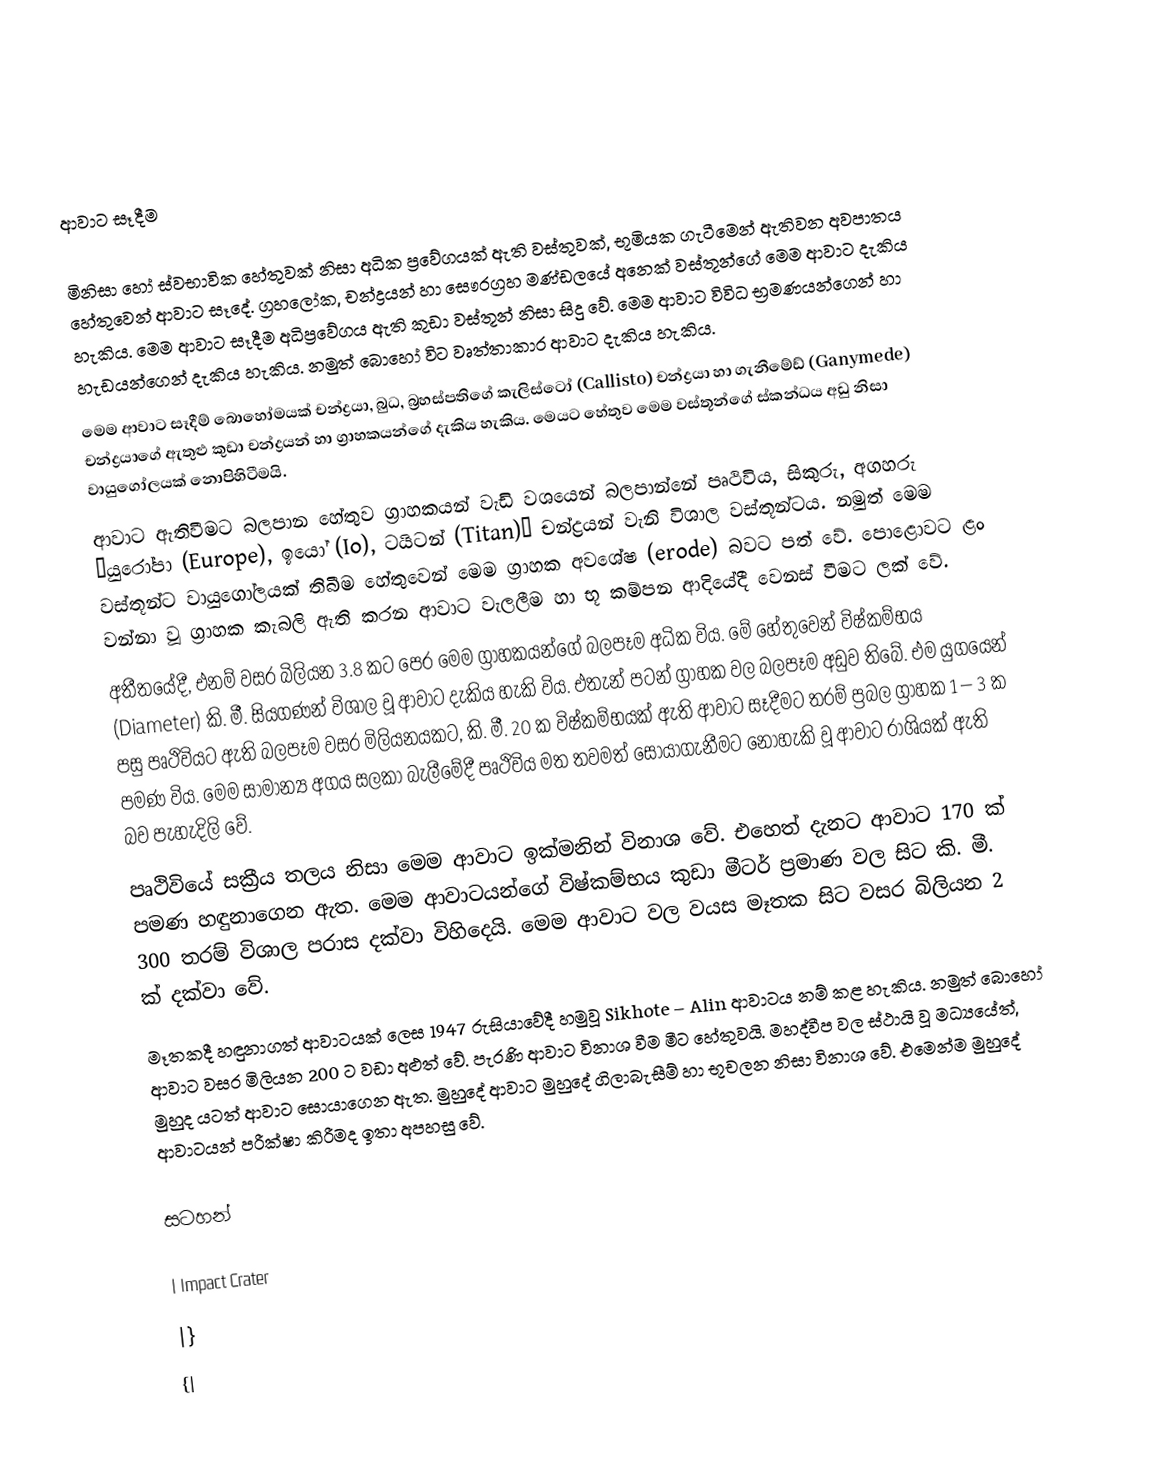

ආවාට සෑදීම

මිනිසා හෝ ස්වභාවික හේතුවක් නිසා අධික ප්‍රවේගයක් ඇති වස්තුවක්, භූමියක ගැටීමෙන් ඇතිවන අවපාතය හේතුවෙන් ආවාට සෑදේ.  ග්‍රහලෝක, චන්ද්‍රයන් හා සෞරග්‍රහ මණ්ඩලයේ අනෙක් වස්තූන්ගේ මෙම ආවාට දැකිය හැකිය.  මෙම ආවාට සෑදීම අධිප්‍රවේගය ඇති කුඩා වස්තූන් නිසා සිදු වේ.  මෙම ආවාට විවිධ භ්‍රමණයන්ගෙන් හා හැඩයන්ගෙන් දැකිය හැකිය.  නමුත් බොහෝ විට වෘත්තාකාර ආවාට දැකිය හැකිය.
මෙම ආවාට සෑදීම් බොහෝමයක් චන්ද්‍රයා, බුධ, බ්‍රහස්පතිගේ කැලිස්ටෝ (Callisto) චන්ද්‍රයා හා ගැනීමේඩ් (Ganymede) චන්ද්‍රයාගේ ඇතුළු කුඩා චන්ද්‍රයන් හා ග්‍රාහකයන්ගේ දැකිය හැකිය.  මෙයට හේතුව මෙම වස්තූන්ගේ ස්කන්ධය අඩු නිසා වායුගෝලයක් නොපිහිටීමයි.
ආවාට ඇතිවීමට බලපාන හේතුව ග්‍රාහකයන් වැඩි වශයෙන් බලපාන්නේ පෘථිවිය, සිකුරු, අගහරු “යුරෝපා (Europe), ඉයෝ (Io), ටයිටන් (Titan)” චන්ද්‍රයන් වැනි විශාල වස්තූන්ටය.  නමුත් මෙම වස්තූන්ට වායුගෝලයක් තිබීම හේතුවෙන් මෙම ග්‍රාහක අවශේෂ (erode) බවට පත් වේ.  පොළොවට ළං වන්නා වූ ග්‍රාහක කැබලි ඇති කරන ආවාට වැලලීම හා භූ කම්පන ආදියේදී වෙනස් වීමට ලක් වේ.
අතීතයේදී, එනම් වසර බිලියන 3.8 කට පෙර මෙම ග්‍රාහකයන්ගේ බලපෑම අධික විය.  මේ හේතුවෙන් විෂ්කම්භය (Diameter) කි. මී. සියගණන් විශාල වූ ආවාට දැකිය හැකි විය.  එතැන් පටන් ග්‍රාහක වල බලපෑම අඩුව තිබේ.  එම යුගයෙන් පසු පෘථිවියට ඇති බලපෑම වසර මිලියනයකට, කි. මී. 20 ක විෂ්කම්භයක් ඇති ආවාට සෑදීමට තරම් ප්‍රබල ග්‍රාහක 1 – 3 ක පමණ විය.  මෙම සාමාන්‍ය අගය සලකා බැලීමේදී පෘථිවිය මත තවමත් සොයාගැනීමට නොහැකි වූ ආවාට රාශියක් ඇති බව පැහැදිලි වේ.
පෘථිවියේ සක්‍රීය තලය නිසා මෙම ආවාට ඉක්මනින් විනාශ වේ.  එහෙත් දැනට ආවාට 170 ක් පමණ හඳුනාගෙන ඇත.  මෙම ආවාටයන්ගේ විෂ්කම්භය කුඩා මීටර් ප්‍රමාණ වල සිට කි. මී. 300 තරම් විශාල පරාස දක්වා විහිදෙයි.  මෙම ආවාට වල වයස මෑතක සිට වසර බිලියන 2 ක් දක්වා වේ.
මෑතකදී හඳුනාගත් ආවාටයක් ලෙස 1947 රුසියාවේදී හමුවූ Sikhote – Alin ආවාටය නම් කළ හැකිය.  නමුත් බොහෝ ආවාට වසර මිලියන 200 ට වඩා අළුත් වේ.  පැරණි ආවාට විනාශ වීම ‍මීට හේතුවයි.  මහද්වීප වල ස්ථායි වූ මධ්‍යයේත්, මුහුද යටත් ආවාට සොයාගෙන ඇත.  මුහුදේ ආවාට මුහුදේ ගිලාබැසීම් හා භූචලන නිසා විනාශ වේ.  එමෙන්ම මුහුදේ ආවාටයන් පරීක්ෂා කිරීමද ඉතා අපහසු වේ.

සටහන්

| Impact Crater
|}
{|